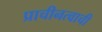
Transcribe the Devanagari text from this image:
प्राचीनत्वाची